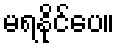
မရနိုင်ပေ။